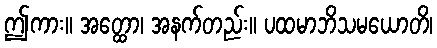
ဤကား။ အတ္ထော၊ အနက်တည်း။ ပထမာဘိသမယောတိ၊